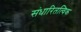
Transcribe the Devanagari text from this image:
संधारितत्विक